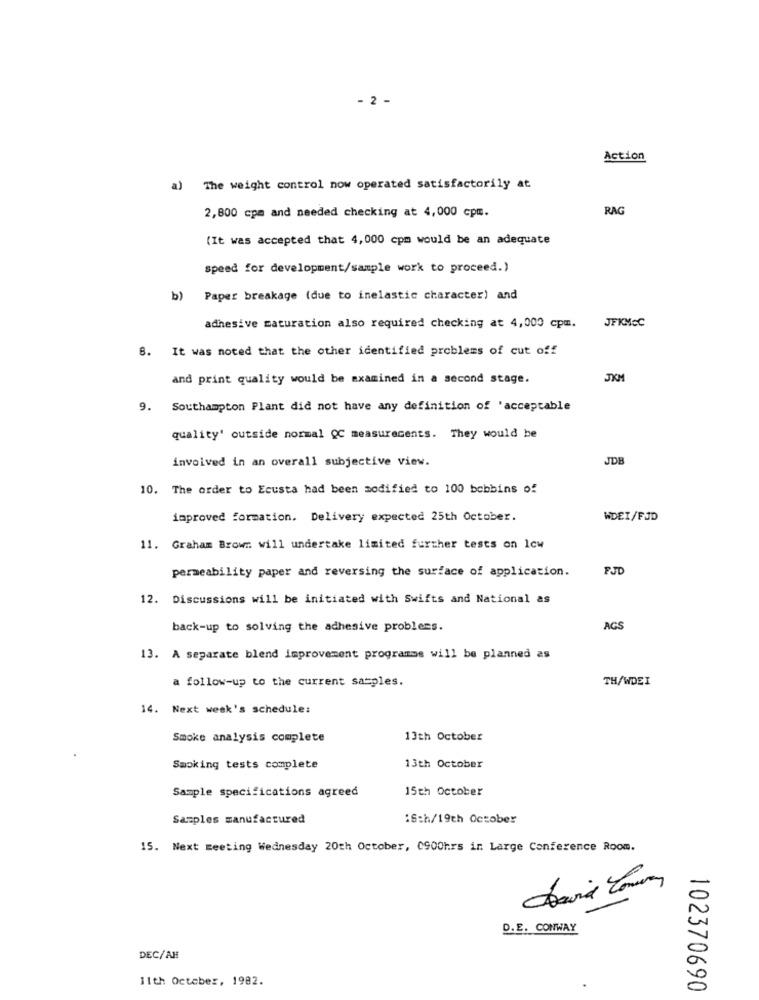
- 2 -
Action
a) The weight control now operated satisfactorily at
RAG
2,800 cpm and needed checking at 4,000 cpm.
(It was accepted that 4,000 cpm would be an adequate
speed for development/sample work to proceed.)
b) Paper breakage (due to inelastic character) and
JFKMCC
adhesive maturation also required checking at 4,000 cpm.
8. It was noted that the other identified problems of cut off
and print quality would be examined in a second stage.
JKM
9. Southampton Plant did not have any definition of 'acceptable
quality' outside normal QC measurecents. They would be
involved in an overall subjective view.
JDB
10. The order to Ecusta had been modified to 100 bobbins of
improved formation. Delivery expected 25th October.
WDEI/FJD
11. Graham Brow :: will undertake limited further tests on low
permeability paper and reversing the surface of application.
FJD
12. Discussions will be initiated with Swifts and National as
back-up to solving the adhesive problems.
AGS
13. A separate blend improvement programme will be planned as
a follow-up to the current samples.
TH/WDEI
14. Next week's schedule:
Smoke analysis complete
13th October
Smoking tests complete
13th October
Sample specifications agreed
15th October
Samples manufactured
:S:h/19th October
15. Next meeting Wednesday 20th October, 0900hrs in Large Conference Room.
D.E. CONWAY
DEC/AH
11th October, 1982.
102370690